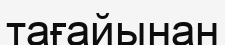
тағайынан